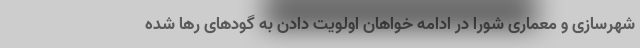
شهرسازی و معماری شورا در ادامه خواهان اولویت دادن به گودهای رها شده